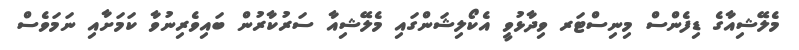
މެލޭޝިއާގެ ޑިފެންސް މިނިސްޓަރ ވިދާޅުވީ އެކޯލިޝަންގައި މެލޭޝިއާ ސަރުކާރުން ބައިވެރިނުވާ ކަމަށާއި ނަމަވެސް